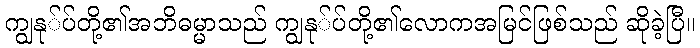
ကျွနု်ပ်တို့၏အဘိဓမ္မာသည် ကျွနု်ပ်တို့၏လောကအမြင်ဖြစ်သည် ဆိုခဲ့ပြီ။